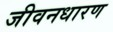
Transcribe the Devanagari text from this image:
जीवनधारण